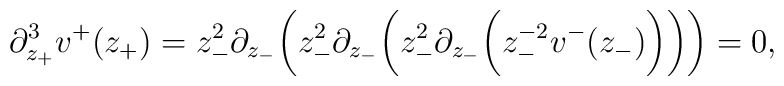
\partial^3_{z_+}v^+(z_+)=z_-^{2}\partial_{z_-}\bigg(z_-^2\partial_{z_-}\bigg(z_-^2\partial_{z_-}\bigg(z_-^{-2}v^-(z_-)\bigg)\bigg)\bigg)=0,